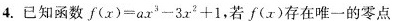
4.已知函数$$f ( x ) = a x ^ { 3 } - 3 x ^ { 3 } + 1$$，若f(x)存在唯一的零点